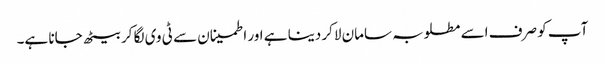
آپ کو صرف اسے مطلوبہ سامان لاکر دینا ہے اور اطمینان سے ٹی وی لگا کر بیٹھ جانا ہے۔